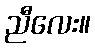
ညီလေး။